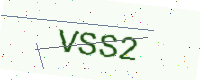
Text: VSS2